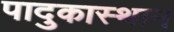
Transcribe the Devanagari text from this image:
पादुकास्थान